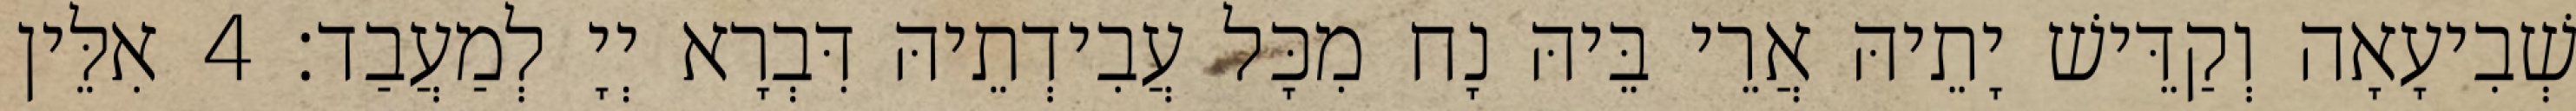
שְׁבִיעָאָה וְקַדֵּישׁ יָתֵיהּ אֲרֵי בֵּיהּ נָח מִכָּל עֲבִידְתֵיהּ דִּבְרָא יְיָ לְמַעֲבַד׃ 4 אִלֵּין